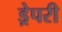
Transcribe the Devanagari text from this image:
ड्रेपरी